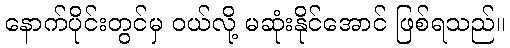
နောက်ပိုင်းတွင်မှ ဝယ်လို့ မဆုံးနိုင်အောင် ဖြစ်ရသည်။